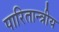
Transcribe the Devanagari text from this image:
पारितान्त्रीय